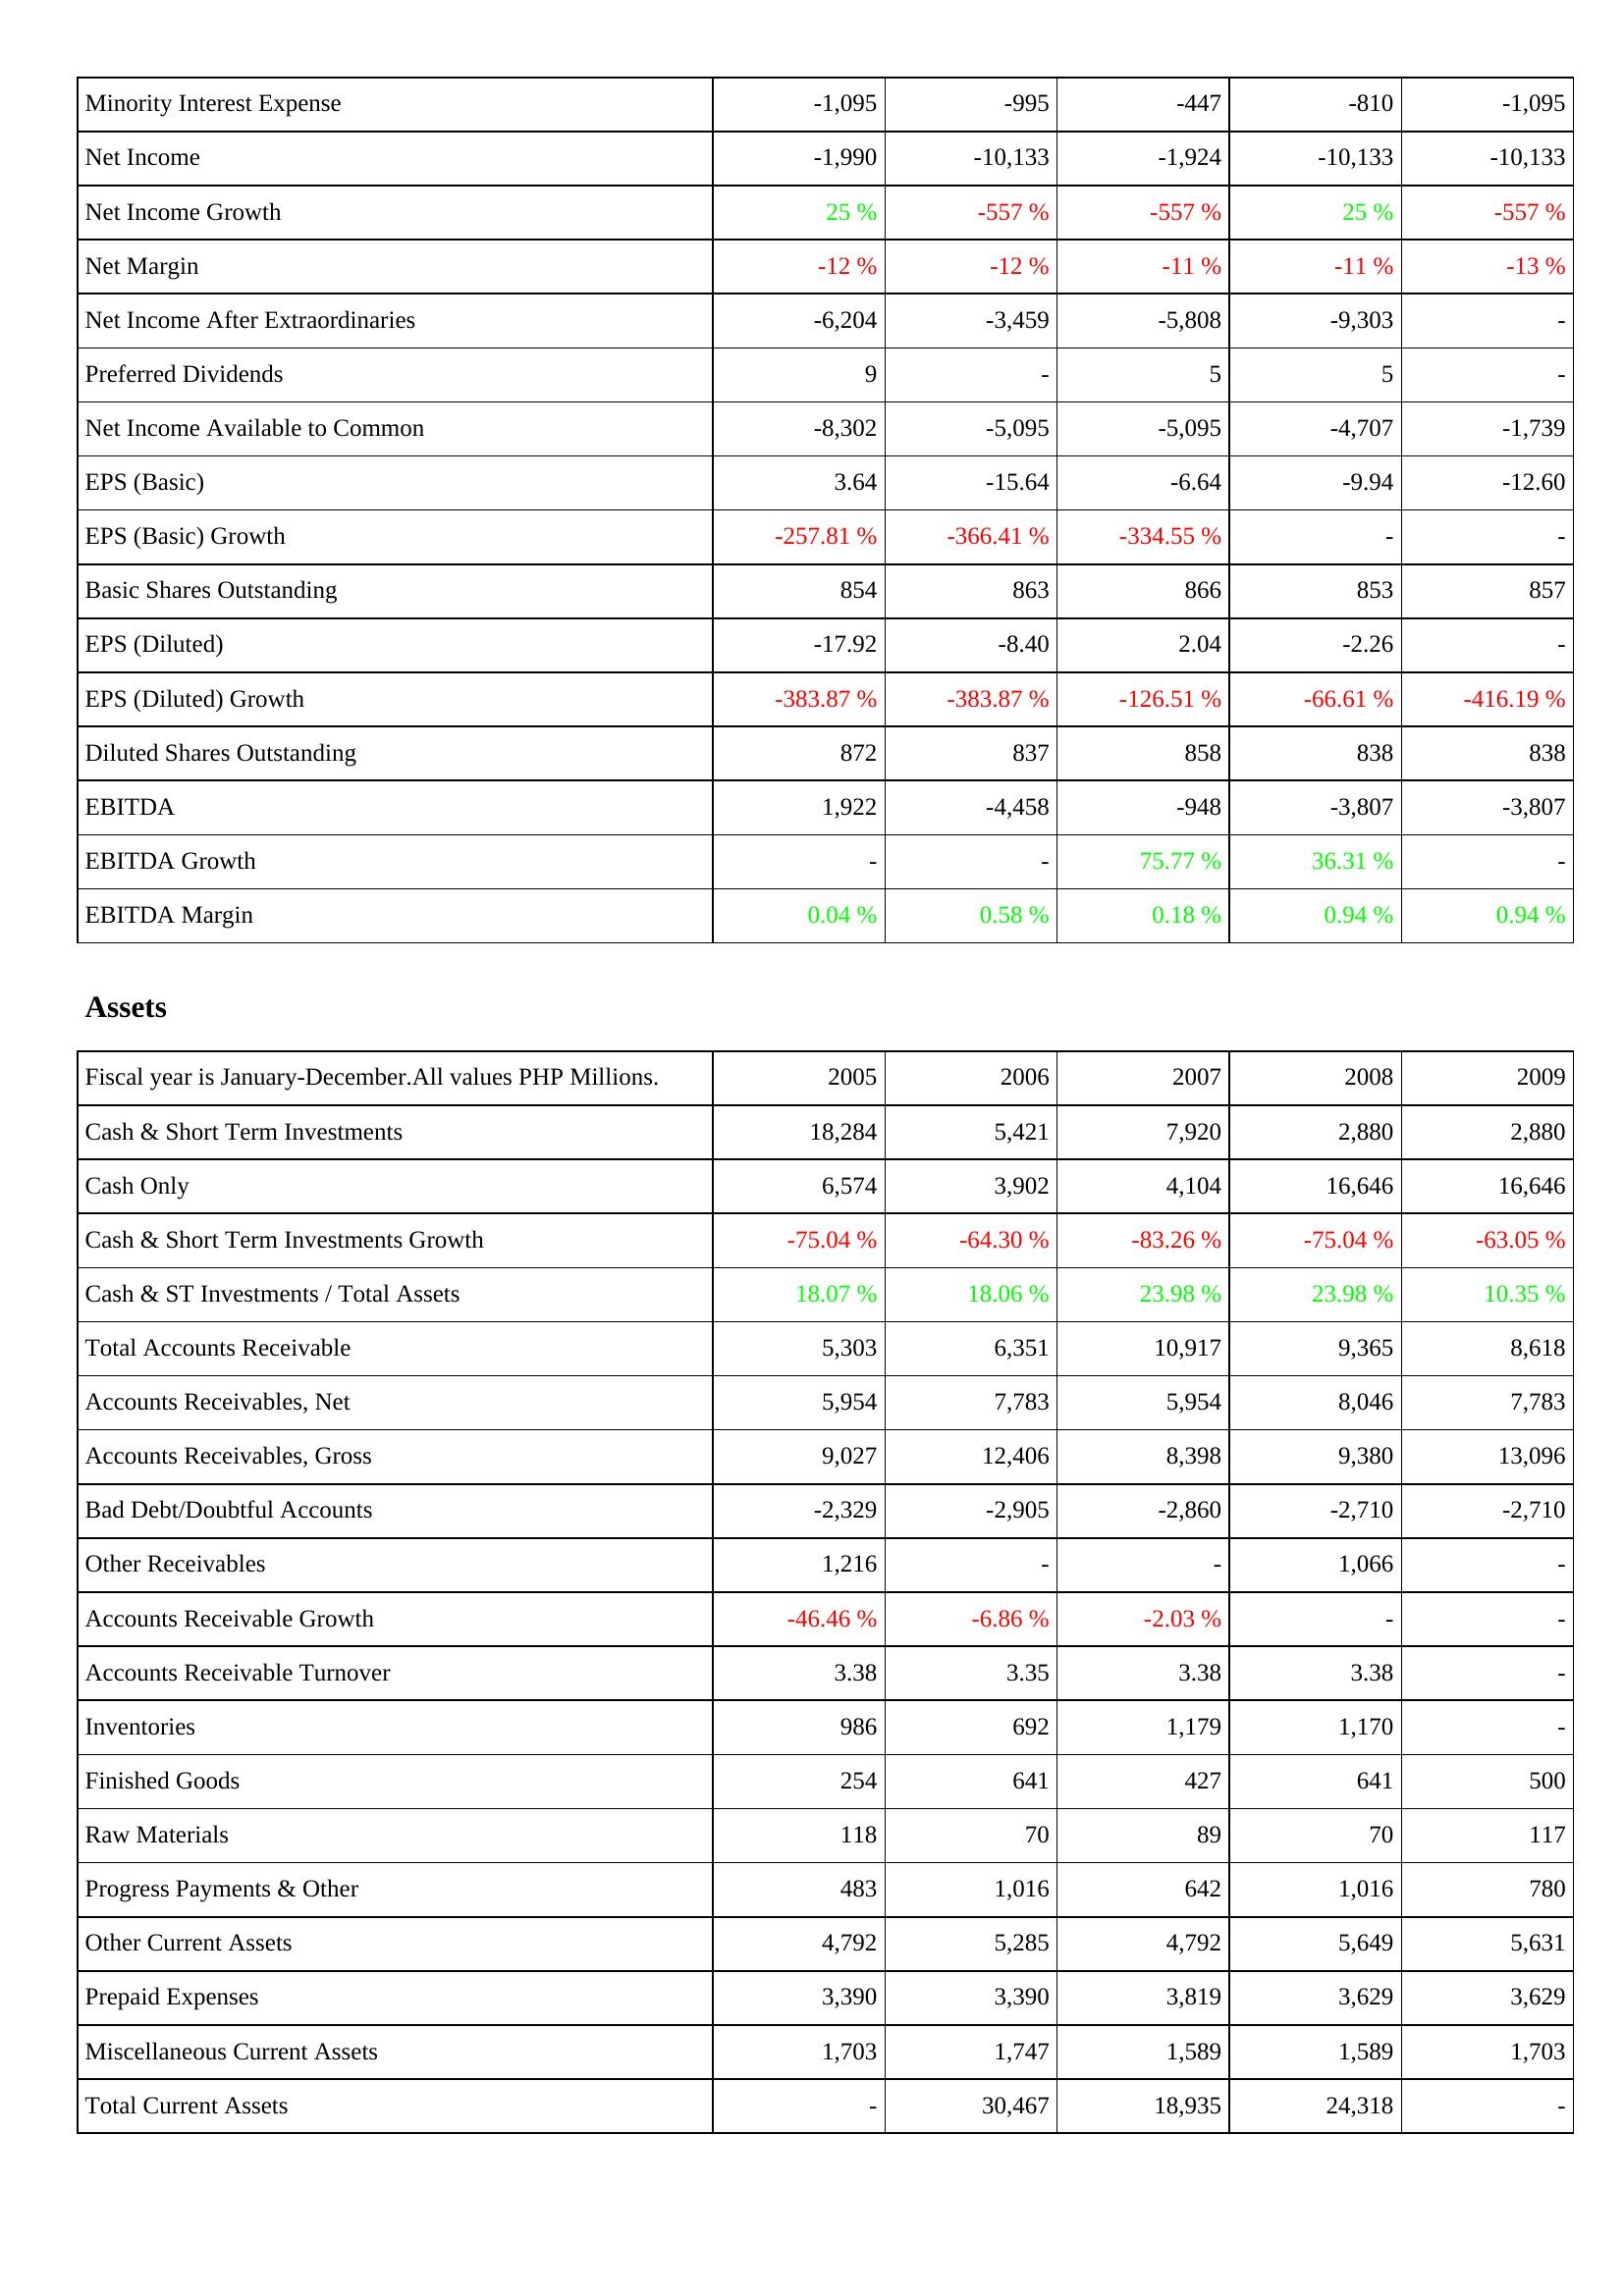
2005: Income Statement: Minority Interest Expense: -1,095
Net Income: -1,990
Net Income Growth: 25 %
Net Margin: -12 %
Net Income After Extraordinaries: -6,204
Preferred Dividends: 9
Net Income Available to Common: -8,302
EPS (Basic): 3.64
EPS (Basic) Growth: -257.81 %
Basic Shares Outstanding: 854
EPS (Diluted): -17.92
EPS (Diluted) Growth: -383.87 %
Diluted Shares Outstanding: 872
EBITDA: 1,922
EBITDA Growth: -
EBITDA Margin: 0.04 %
Assets: Cash & Short Term Investments: 18,284
Cash Only: 6,574
Cash & Short Term Investments Growth: -75.04 %
Cash & ST Investments / Total Assets: 18.07 %
Total Accounts Receivable: 5,303
Accounts Receivables, Net: 5,954
Accounts Receivables, Gross: 9,027
Bad Debt/Doubtful Accounts: -2,329
Other Receivables: 1,216
Accounts Receivable Growth: -46.46 %
Accounts Receivable Turnover: 3.38
Inventories: 986
Finished Goods: 254
Raw Materials: 118
Progress Payments & Other: 483
Other Current Assets: 4,792
Prepaid Expenses: 3,390
Miscellaneous Current Assets: 1,703
Total Current Assets: -
2006: Income Statement: Minority Interest Expense: -995
Net Income: -10,133
Net Income Growth: -557 %
Net Margin: -12 %
Net Income After Extraordinaries: -3,459
Preferred Dividends: -
Net Income Available to Common: -5,095
EPS (Basic): -15.64
EPS (Basic) Growth: -366.41 %
Basic Shares Outstanding: 863
EPS (Diluted): -8.40
EPS (Diluted) Growth: -383.87 %
Diluted Shares Outstanding: 837
EBITDA: -4,458
EBITDA Growth: -
EBITDA Margin: 0.58 %
Assets: Cash & Short Term Investments: 5,421
Cash Only: 3,902
Cash & Short Term Investments Growth: -64.30 %
Cash & ST Investments / Total Assets: 18.06 %
Total Accounts Receivable: 6,351
Accounts Receivables, Net: 7,783
Accounts Receivables, Gross: 12,406
Bad Debt/Doubtful Accounts: -2,905
Other Receivables: -
Accounts Receivable Growth: -6.86 %
Accounts Receivable Turnover: 3.35
Inventories: 692
Finished Goods: 641
Raw Materials: 70
Progress Payments & Other: 1,016
Other Current Assets: 5,285
Prepaid Expenses: 3,390
Miscellaneous Current Assets: 1,747
Total Current Assets: 30,467
2007: Income Statement: Minority Interest Expense: -447
Net Income: -1,924
Net Income Growth: -557 %
Net Margin: -11 %
Net Income After Extraordinaries: -5,808
Preferred Dividends: 5
Net Income Available to Common: -5,095
EPS (Basic): -6.64
EPS (Basic) Growth: -334.55 %
Basic Shares Outstanding: 866
EPS (Diluted): 2.04
EPS (Diluted) Growth: -126.51 %
Diluted Shares Outstanding: 858
EBITDA: -948
EBITDA Growth: 75.77 %
EBITDA Margin: 0.18 %
Assets: Cash & Short Term Investments: 7,920
Cash Only: 4,104
Cash & Short Term Investments Growth: -83.26 %
Cash & ST Investments / Total Assets: 23.98 %
Total Accounts Receivable: 10,917
Accounts Receivables, Net: 5,954
Accounts Receivables, Gross: 8,398
Bad Debt/Doubtful Accounts: -2,860
Other Receivables: -
Accounts Receivable Growth: -2.03 %
Accounts Receivable Turnover: 3.38
Inventories: 1,179
Finished Goods: 427
Raw Materials: 89
Progress Payments & Other: 642
Other Current Assets: 4,792
Prepaid Expenses: 3,819
Miscellaneous Current Assets: 1,589
Total Current Assets: 18,935
2008: Income Statement: Minority Interest Expense: -810
Net Income: -10,133
Net Income Growth: 25 %
Net Margin: -11 %
Net Income After Extraordinaries: -9,303
Preferred Dividends: 5
Net Income Available to Common: -4,707
EPS (Basic): -9.94
EPS (Basic) Growth: -
Basic Shares Outstanding: 853
EPS (Diluted): -2.26
EPS (Diluted) Growth: -66.61 %
Diluted Shares Outstanding: 838
EBITDA: -3,807
EBITDA Growth: 36.31 %
EBITDA Margin: 0.94 %
Assets: Cash & Short Term Investments: 2,880
Cash Only: 16,646
Cash & Short Term Investments Growth: -75.04 %
Cash & ST Investments / Total Assets: 23.98 %
Total Accounts Receivable: 9,365
Accounts Receivables, Net: 8,046
Accounts Receivables, Gross: 9,380
Bad Debt/Doubtful Accounts: -2,710
Other Receivables: 1,066
Accounts Receivable Growth: -
Accounts Receivable Turnover: 3.38
Inventories: 1,170
Finished Goods: 641
Raw Materials: 70
Progress Payments & Other: 1,016
Other Current Assets: 5,649
Prepaid Expenses: 3,629
Miscellaneous Current Assets: 1,589
Total Current Assets: 24,318
2009: Income Statement: Minority Interest Expense: -1,095
Net Income: -10,133
Net Income Growth: -557 %
Net Margin: -13 %
Net Income After Extraordinaries: -
Preferred Dividends: -
Net Income Available to Common: -1,739
EPS (Basic): -12.60
EPS (Basic) Growth: -
Basic Shares Outstanding: 857
EPS (Diluted): -
EPS (Diluted) Growth: -416.19 %
Diluted Shares Outstanding: 838
EBITDA: -3,807
EBITDA Growth: -
EBITDA Margin: 0.94 %
Assets: Cash & Short Term Investments: 2,880
Cash Only: 16,646
Cash & Short Term Investments Growth: -63.05 %
Cash & ST Investments / Total Assets: 10.35 %
Total Accounts Receivable: 8,618
Accounts Receivables, Net: 7,783
Accounts Receivables, Gross: 13,096
Bad Debt/Doubtful Accounts: -2,710
Other Receivables: -
Accounts Receivable Growth: -
Accounts Receivable Turnover: -
Inventories: -
Finished Goods: 500
Raw Materials: 117
Progress Payments & Other: 780
Other Current Assets: 5,631
Prepaid Expenses: 3,629
Miscellaneous Current Assets: 1,703
Total Current Assets: -